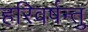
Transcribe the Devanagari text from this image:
हरिवर्षन्तु